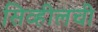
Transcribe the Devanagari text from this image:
सिव्हीलची